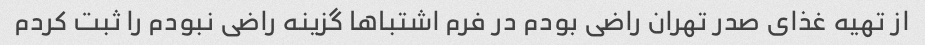
از تهیه غذای صدر تهران راضی بودم در فرم اشتباها گزینه راضی نبودم را ثبت کردم